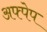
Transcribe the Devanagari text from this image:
अफ्पेप